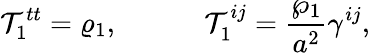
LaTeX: {\cal T}_{1}^{tt}=\varrho_{1},\ \ \ \ \ \ \ \ \ \ \ \ {\cal T}_{1}^{ij}={\frac{\wp_{1}}{a^{2}}}\gamma^{ij},